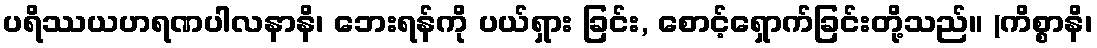
ပရိဿယဟရဏပါလနာနိ၊ ဘေးရန်ကို ပယ်ရှား ခြင်း, စောင့်ရှောက်ခြင်းတို့သည်။ (ကိစ္စာနိ၊